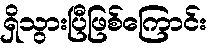
ရှိသွားပြီဖြစ်ကြောင်း